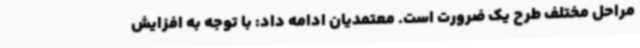
مراحل مختلف طرح یک ضرورت است. معتمدیان ادامه داد: با توجه به افزایش